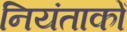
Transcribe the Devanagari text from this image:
नियंताकों